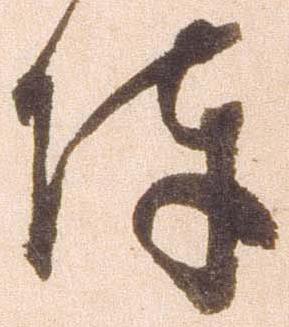
陣